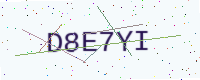
Text: D8E7YI